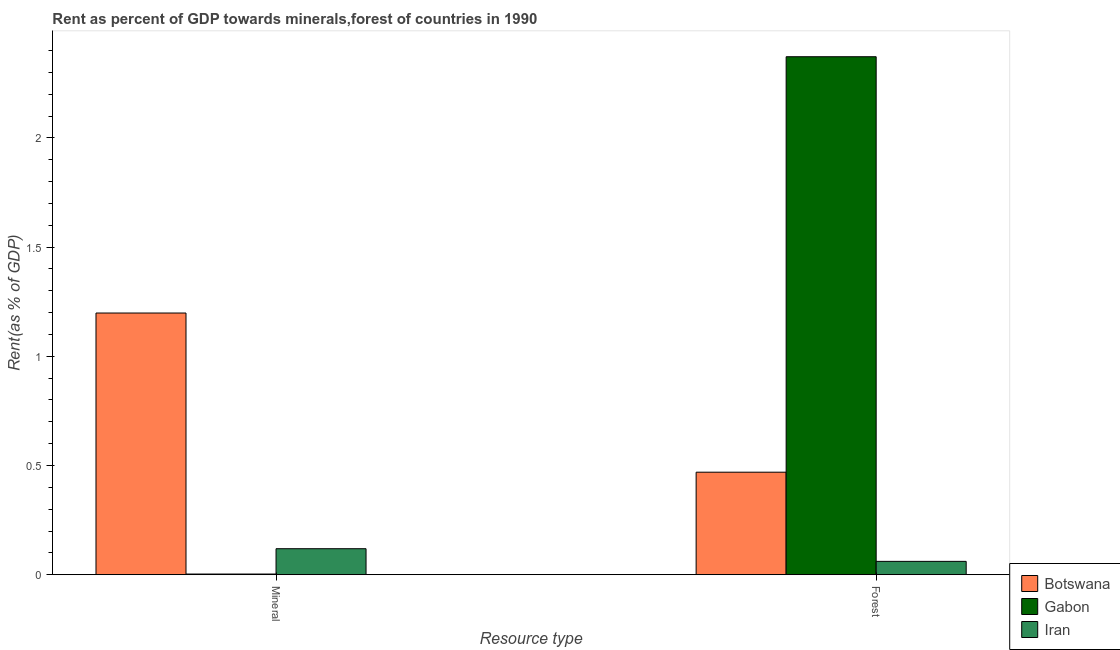
| Resource type | Botswana | Gabon | Iran |
 | --- | --- | --- | --- |
 | Mineral | 1.2 | 0.00296 | 0.119 |
 | Forest | 0.469 | 2.37 | 0.061 |